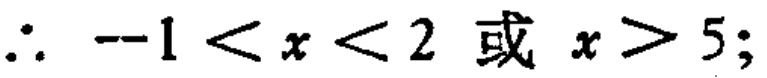
\(\therefore -1 < x < 2 \text{ 或 } x > 5;\)